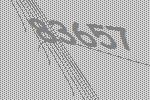
83657